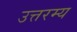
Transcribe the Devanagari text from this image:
उत्तरम्य